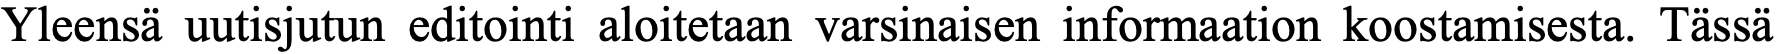
Yleensä uutisjutun editointi aloitetaan varsinaisen informaation koostamisesta. Tässä